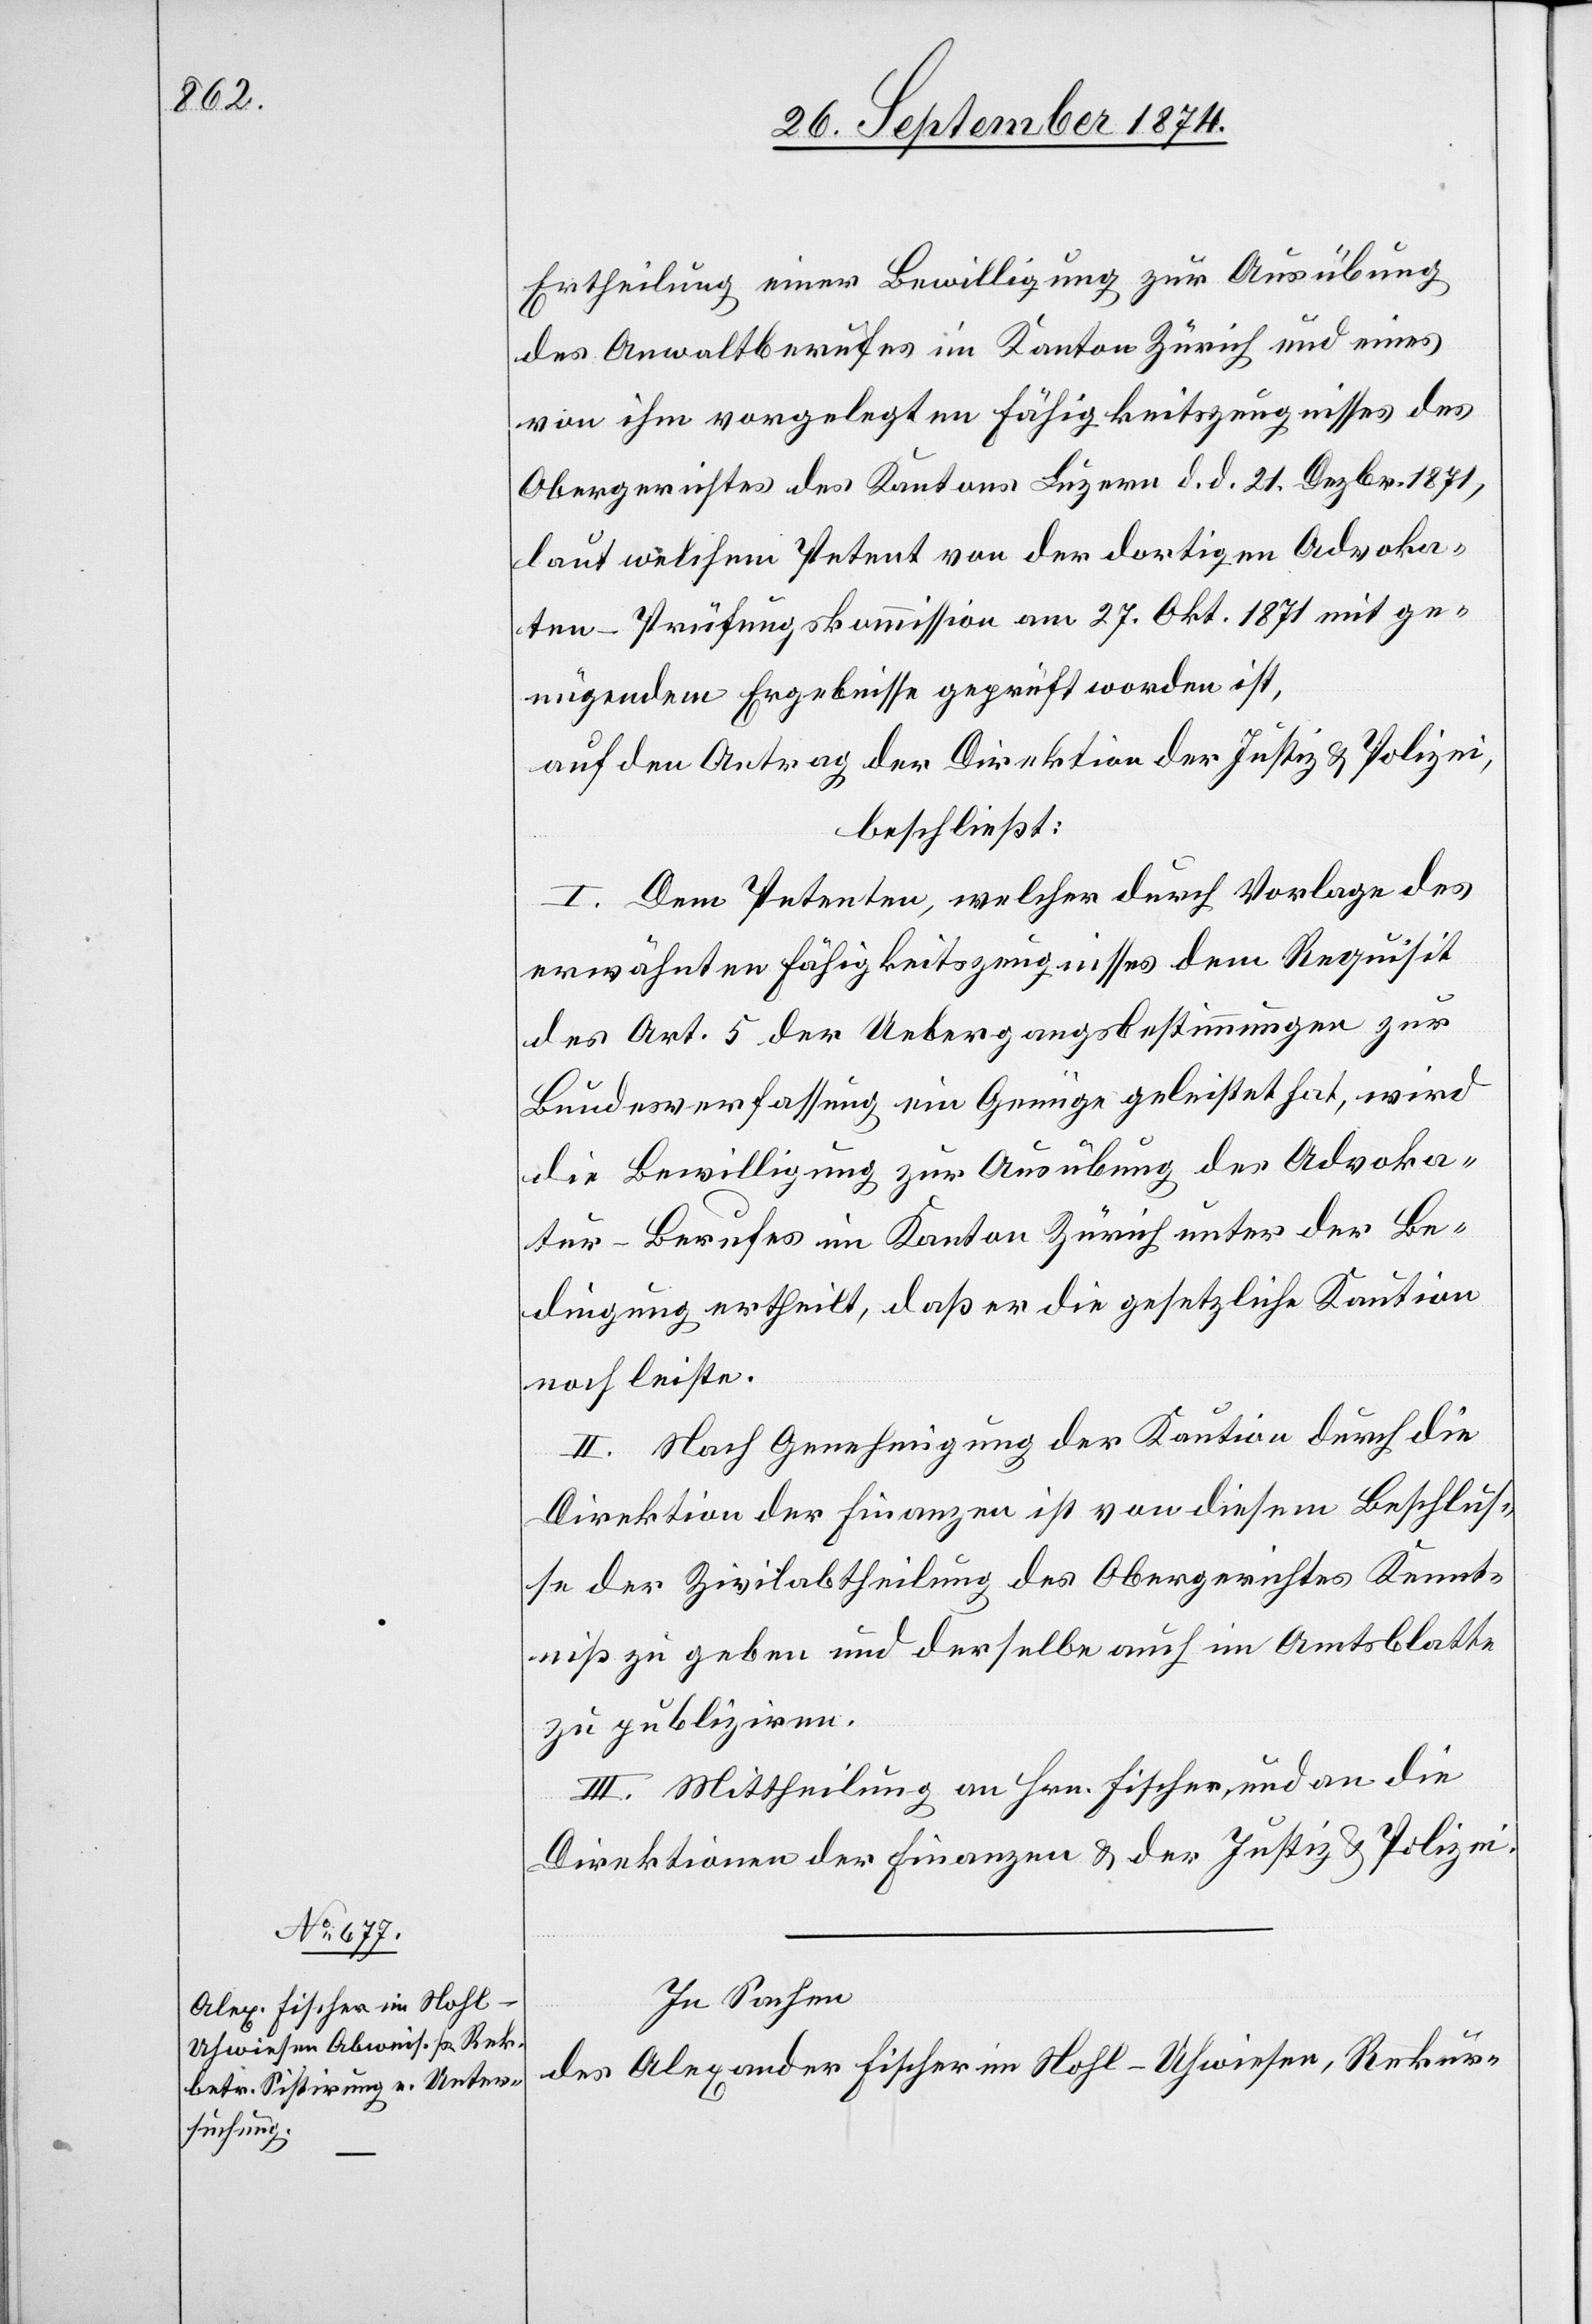
Ertheilung einer Bewilligung zur Ausübung
des Anwaltberufes im Kanton Zürich und eines
von ihm vorgelegten Fähigkeitszeugnisses des
Obergerichtes des Kantons Luzern d. d. 21. Dezbr. 1871,
laut welchem Petent von der dortigen Advoka¬
ten-Prüfungskommission am 27. Okt. 1871 mit ge¬
nügendem Ergebnisse geprüft worden ist,
auf den Antrag der Direktion der Justiz & Polizei,
beschließt:
I. Dem Petenten, welcher durch Vorlage des
erwähnten Fähigkeitszeugnisses dem Requisit
des Art. 5 der Uebergangsbestimmungen zur
Bundesverfassung ein Genüge geleistet hat, wird
die Bewilligung zur Ausübung des Advoka¬
tur-Berufes im Kanton Zürich unter der Be¬
dingung ertheilt, daß er die gesetzliche Kaution
noch leiste.
II. Nach Genehmigung der Kaution durch die
Direktion der Finanzen ist von diesem Beschlus¬
se der Zivilabtheilung des Obergerichtes Kennt¬
niß zu geben und derselbe auch im Amtsblatte
zu publiziren.
III. Mittheilung an Hrn. Fischer und an die
Direktionen der Finanzen & der Justiz & Polizei.
In Sachen
des Alexander Fischer im Nohl-Uhwiesen, Rekur-